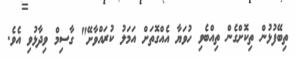
ތިބޭފުޅުން ތިކޮށްގެން ތިއްބެވި ހުވަޔާ އެއްގޮތަށް އަމަލު ކުރައްވާށޭ" ގާސިމް ވިދާޅުވި އެވެ.